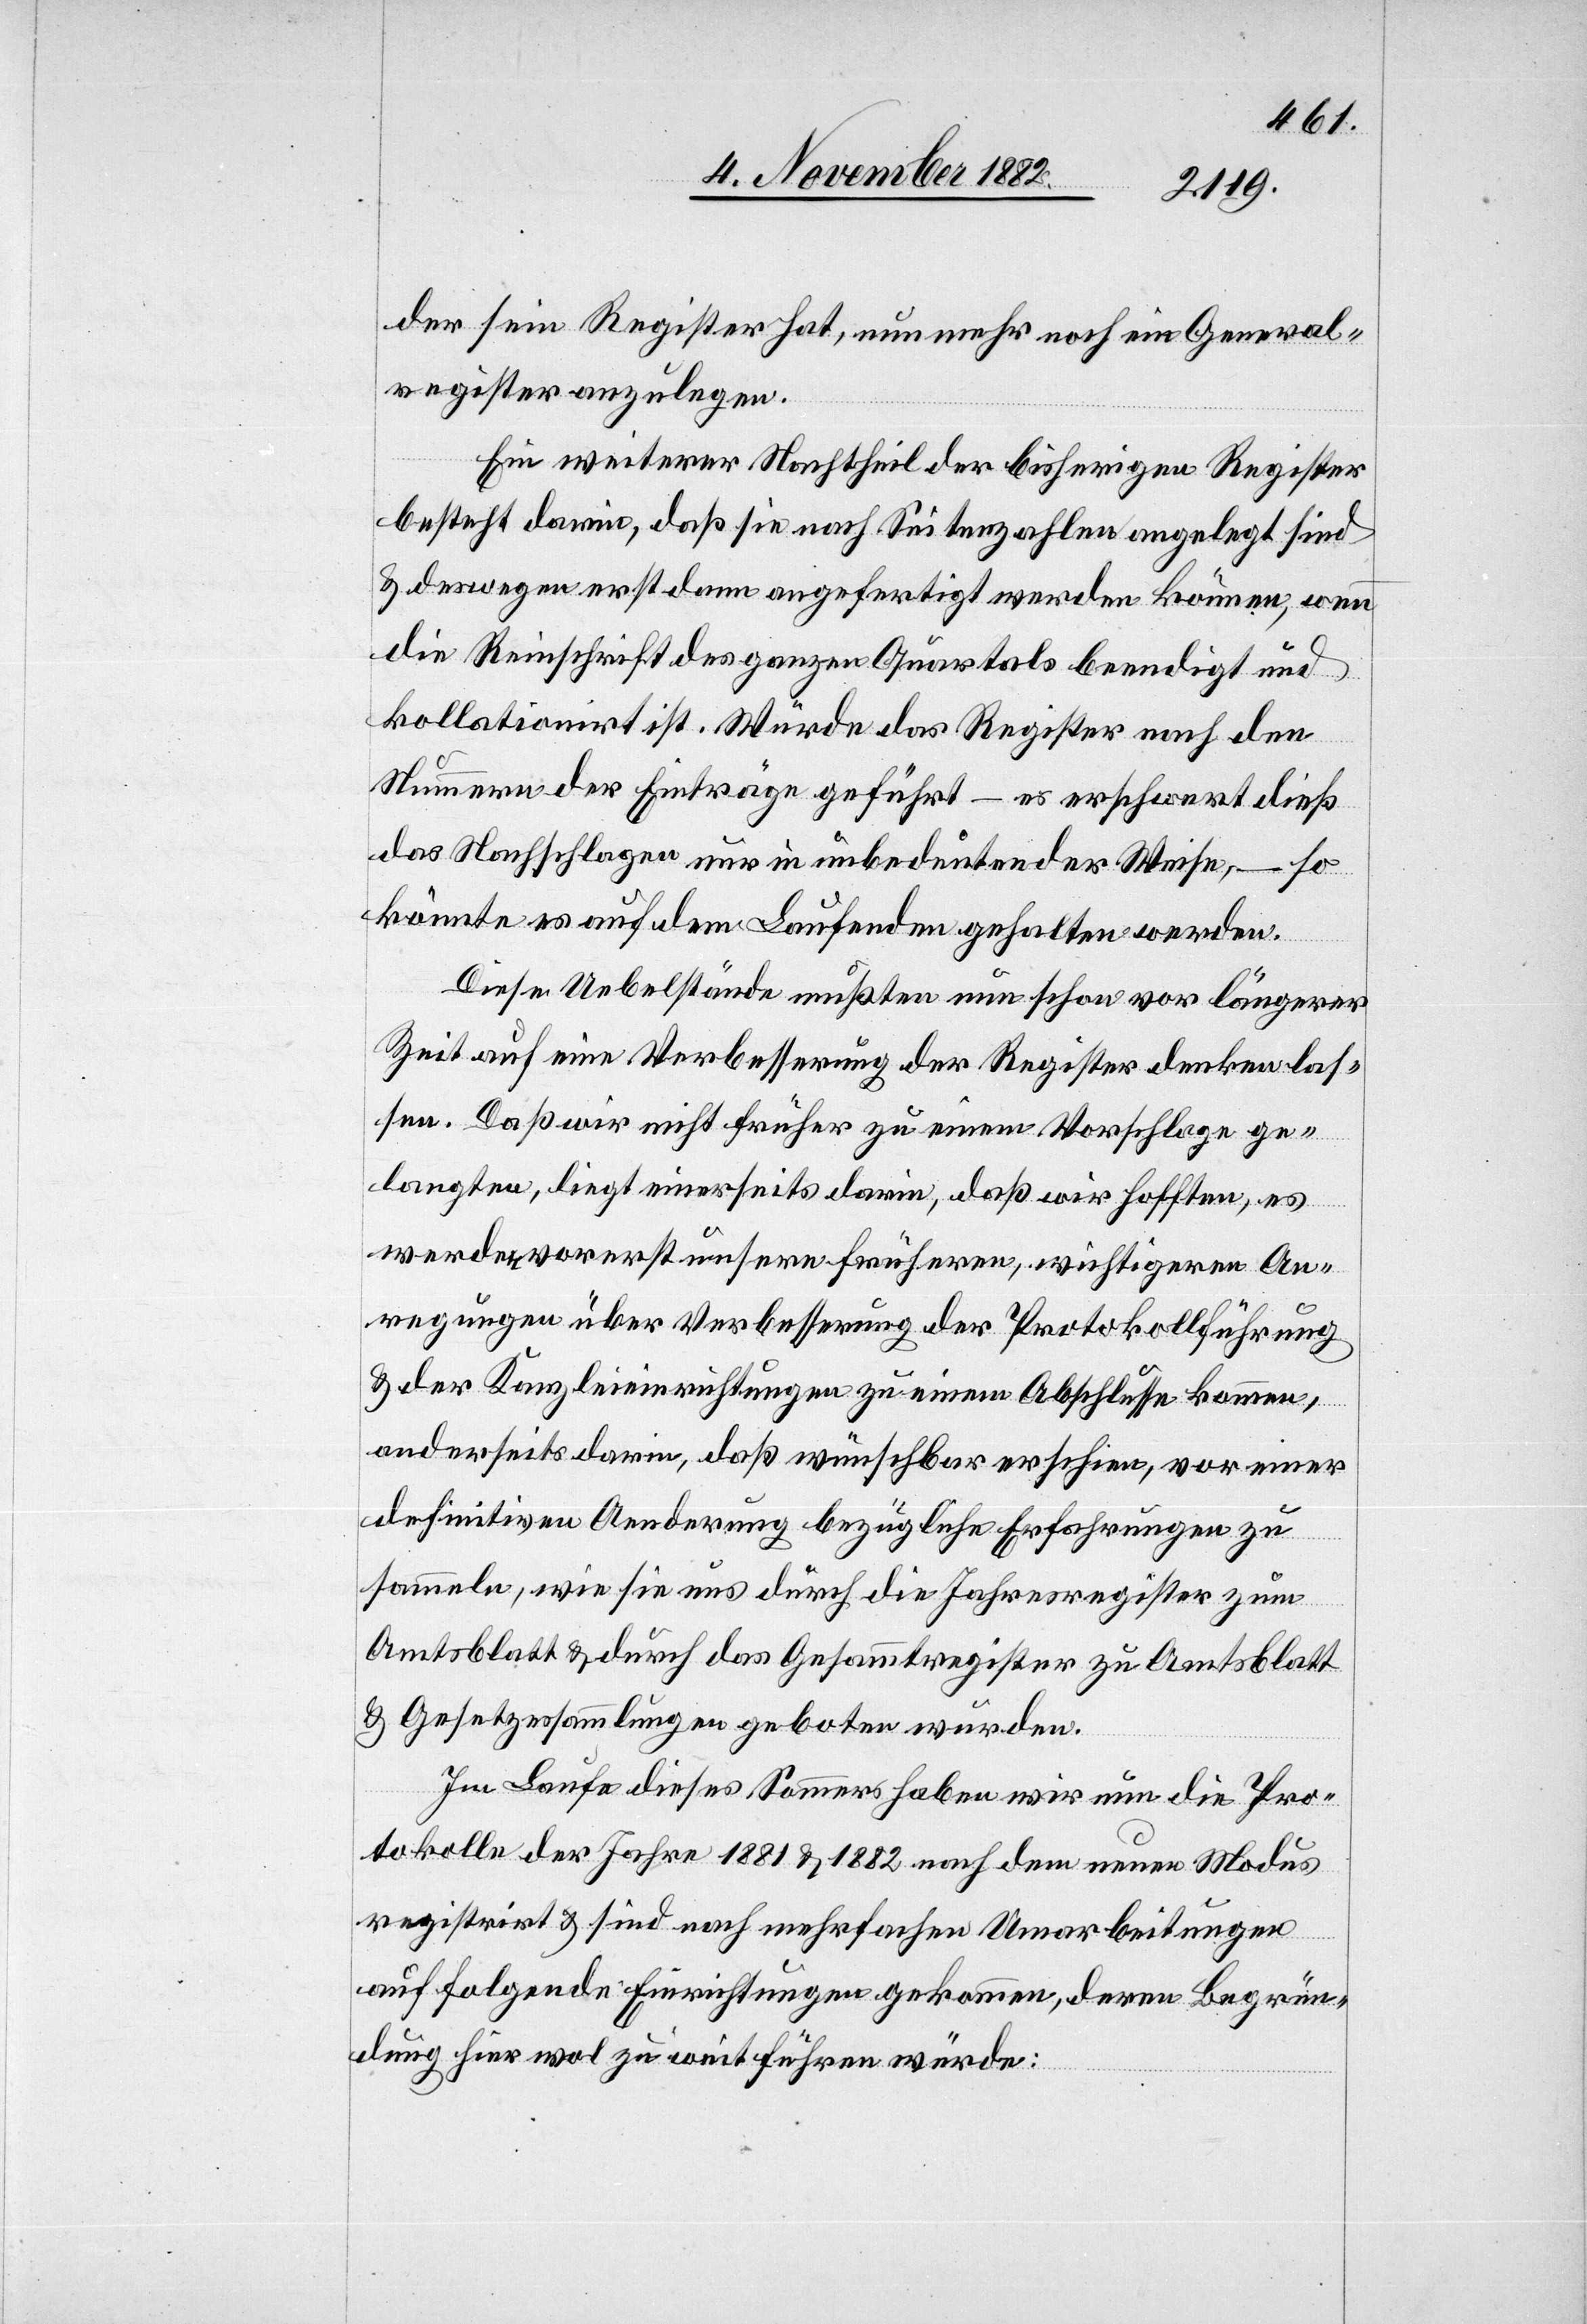
der sein Register hat, nunmehr noch ein Quartal¬
register anzulegen.
Ein weiterer Nachtheil der bisherigen Register
besteht darin, daß sie nach Seitenzahlen angelegt sind
& deswegen erst dann angefertigt werden können, wenn
die Reinschrift des ganzen Quartals beendigt und
kollationirt ist. Würde das Register nach den
Nummern der Einträge geführt – es erschwert dieß
das Nachschlagen nur in unbedeutender Weise, – so
könnte es auf dem Laufenden gehalten werden.
Diese Uebelstände mußten nun schon vor längerer
Zeit auf eine Verbesserung der Register denken las¬
sen. Daß wir nicht früher zu einem Vorschlage ge¬
langten, liegt einerseits darin, daß wir hofften, es
werden vorerst unsere früheren, wichtigeren An¬
regungen über Verbesserung der Protokollführung
& der Kanzleieinrichtungen zu einem Abschlusse kommen,
anderseits darin, daß wünschbar erschien, vor einer
definitiven Aenderung bezügliche Erfahrungen zu
sammeln, wie sie uns durch die Jahresregister zum
Amtsblatt & durch das Gesamtregister zu Amtsblatt
& Gesetzessammlungen geboten wurden.
Im Laufe dieses Sommers haben wir nun die Pro¬
tokolle der Jahre 1881 & 1882 nach dem neuen Modus
registrirt & sind nach mehrfachen Umarbeitungen
auf folgende Einrichtungen gekommen, deren Begrün¬
dung hier wol zu weit führen würde: